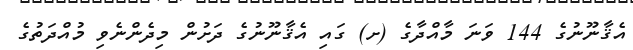
އެޤާނޫނުގެ 144 ވަނަ މާއްދާގެ (ށ) ގައި އެޤާނޫނުގެ ދަށުން މިދެންނެވި މުއްދަތުގެ